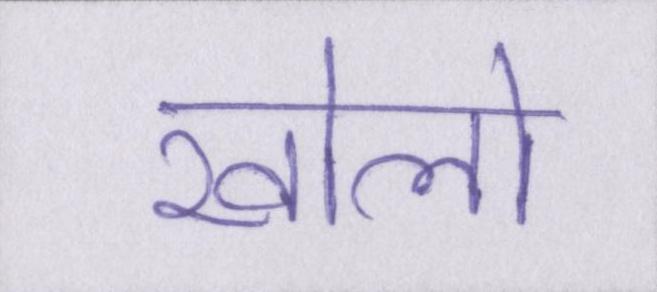
खोलो